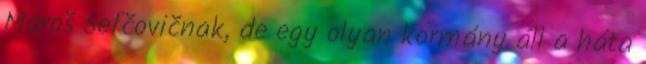
Maroš Šefčovičnak, de egy olyan kormány áll a háta